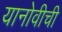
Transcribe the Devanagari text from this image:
यानोवीची